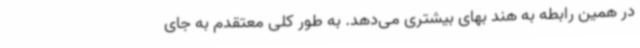
در همین رابطه به هند بهای بیشتری می‌دهد. به طور کلی معتقدم به جای